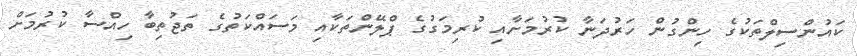
ކައުންސިލްތަކުގެ ހިންގުން ހަރުދަނާ ކުރުމަށާއި ކުރިމަގުގެ ޕްލޭންތަކާއި މަސައްކަތުގެ ތަޖުތިބާ ހިއްސާ ކުރުމަށް